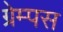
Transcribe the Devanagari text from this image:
ग्रेम्पस